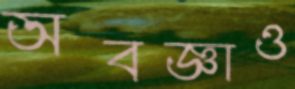
অবজ্ঞাও